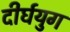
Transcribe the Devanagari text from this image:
दीर्घयुग